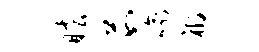
眩茹喻祸